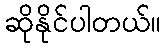
ဆိုနိုင်ပါတယ်။